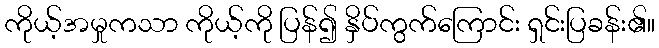
ကိုယ့်အမှုကသာ ကိုယ့်ကို ပြန်၍ နှိပ်ကွက်ကြောင်း ရှင်းပြခန်း၏။